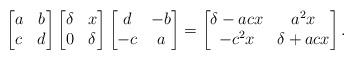
LaTeX: \begin{align*}\begin{bmatrix} a & b \\ c & d\end{bmatrix} \begin{bmatrix} \delta & x \\ 0 & \delta \end{bmatrix} \begin{bmatrix} d & -b \\ -c & a \end{bmatrix} = \begin{bmatrix}\delta-acx & a^2x \\ -c^2x & \delta+acx \end{bmatrix}.\end{align*}